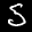
Label: 5